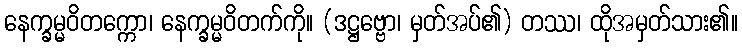
နေက္ခမ္မဝိတက္ကော၊ နေက္ခမ္မဝိတက်ကို။ (ဒဋ္ဌဗ္ဗော၊ မှတ်အပ်၏) တဿ၊ ထိုအမှတ်သား၏။